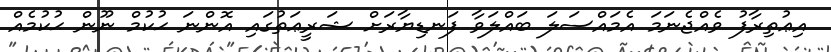
އިޢުތިރާފު ވެއްޖެނަމަ އެމައްސަލަ ބައްލަވާ ފަނޑިޔާރަށް ޝަރީޢަތުގައި އޮންނަ ޙުކުމް ނޫން ޙުކުމެއް